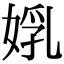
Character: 𡝦